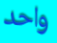
واحد